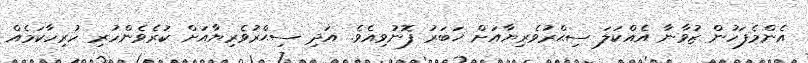
އެންމެފަހުން ޒުވާނާ އެއްކަލަ ސިޙްރުވެރިޔާއަށް ޚަބަރު ފޮނުވިއެވެ. އަދި ސިޙްރުވެރިޔާއަށް ކުރެވެންހުރި ހުރިހާކަމެއް